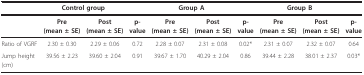
<table><thead><tr><td></td><td colspan="2"><b>Control group</b></td><td></td><td colspan="2"><b>Group A</b></td><td></td><td colspan="2"><b>Group B</b></td><td></td></tr></thead><tbody><tr><td></td><td><b>Pre</b><b>(mean ± SE)</b></td><td><b>Post</b><b>(mean ± SE)</b></td><td><b>p-value</b></td><td><b>Pre</b><b>(mean ± SE)</b></td><td><b>Post</b><b>(mean ± SE)</b></td><td><b>p-value</b></td><td><b>Pre</b><b>(mean ± SE)</b></td><td><b>Post</b><b>(mean ± SE)</b></td><td><b>p-value</b></td></tr><tr><td>Ratio of VGRF</td><td>2.30 ± 0.30</td><td>2.29 ± 0.06</td><td>0.72</td><td>2.28 ± 0.07</td><td>2.31 ± 0.08</td><td>0.02*</td><td>2.31 ± 0.07</td><td>2.32 ± 0.07</td><td>0.64</td></tr><tr><td>Jump height (cm)</td><td>39.56 ± 2.23</td><td>39.60 ± 2.04</td><td>0.91</td><td>39.67 ± 1.70</td><td>40.29 ± 2.04</td><td>0.86</td><td>39.44 ± 2.28</td><td>38.01 ± 2.37</td><td>0.03*</td></tr></tbody></table>